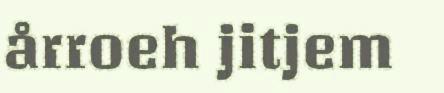
årroeh jitjem